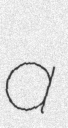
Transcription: a